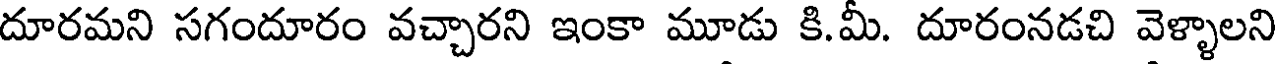
దూరమని సగందూరం వచ్చారని ఇంకా మూడు కి.మీ. దూరంనడచి వెళ్ళాలని